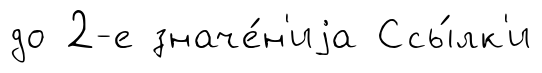
до 2-е значе́н'иjа Ссы́лк'и